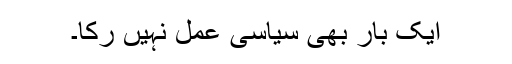
ایک بار بھی سیاسی عمل نہیں رکا۔